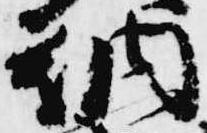
納